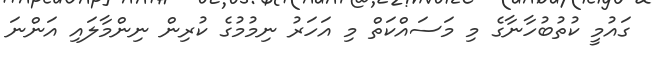
ގައުމީ ކުތުބުހާނާގެ މި މަސައްކަތް މި އަހަރު ނިމުމުގެ ކުރިން ނިންމާލައި އަންނަ